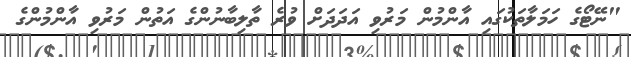
"ނޭޓޯގެ ހަމަލާތަކުގައި އާންމުން މަރުވި އަދަދަށް ވުރެ ތާލިބާނުންގެ އަތުން މަރުވި އާންމުންގެ